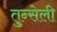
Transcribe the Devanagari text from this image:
तुन्सेली